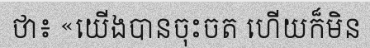
ថា៖ «យើងបានចុះចត ហើយក៏មិន